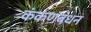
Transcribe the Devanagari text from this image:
कंकणबंधन